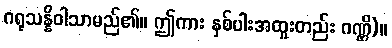
ဂရုသန္နိဝါသာမည်၏။ ဤကား နှစ်ပါးအထူးတည်း ဂဏ္ဌိ)။